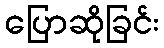
ပြောဆိုခြင်း